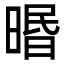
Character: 㬆